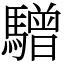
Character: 驓